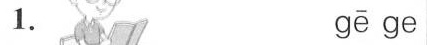
1. gē ge